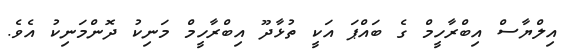
އިލްޔާސް އިބްރާހީމް ގެ ބައްޕަ އަކީ ތުޅާދޫ އިބްރާހީމް މަނިކު ދޮންމަނިކު އެވެ.